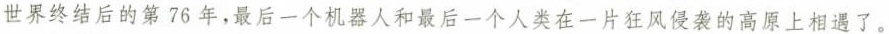
世界终结后的第76年，最后一个机器人和最后一个人类在一片狂风侵袭的高原上相遇了。